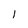
Character: l